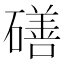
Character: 磰